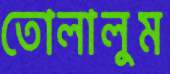
তোলালুম